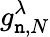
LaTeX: g_{\mathtt{n},N}^{\lambda}